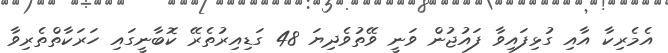
އެމެރިކާ އާއި ގުޅިފައިވާ ފައުޖުން ވަނީ ވޭތުވެދިޔަ 48 ގަޑިއިރުތެރޭ ކޮބާނީގައި ހަރަކާތްތެރިވާ